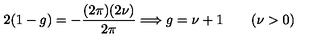
2 ( 1 - g ) = - \frac { ( 2 \pi ) ( 2 \nu ) } { 2 \pi } \Longrightarrow g = \nu + 1 \qquad ( \nu > 0 )